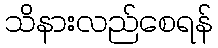
သိနားလည်စေရန်